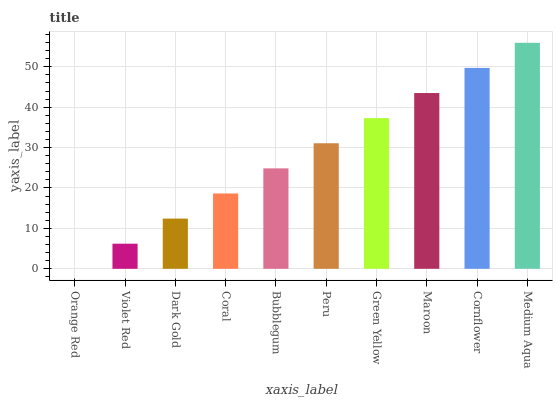
| xaxis_label | bars |
 | --- | --- |
 | Orange Red | 0 |
 | Violet Red | 6.21 |
 | Dark Gold | 12.4 |
 | Coral | 18.6 |
 | Bubblegum | 24.9 |
 | Peru | 31.1 |
 | Green Yellow | 37.3 |
 | Maroon | 43.5 |
 | Cornflower | 49.7 |
 | Medium Aqua | 55.9 |